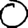
Digit: 0